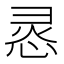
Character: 𭝊